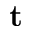
\mathbf { t }